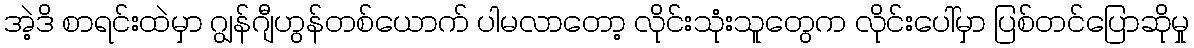
အဲ့ဒိ စာရင်းထဲမှာ ဂျွန်ဂျီဟွန်တစ်ယောက် ပါမလာတော့ လိုင်းသုံးသူတွေက လိုင်းပေါ်မှာ ပြစ်တင်ပြောဆိုမှု